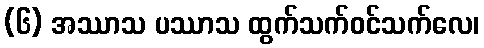
(၆) အဿာသ ပဿာသ ထွက်သက်ဝင်သက်လေ၊